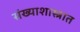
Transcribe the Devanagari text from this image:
संख्याशास्त्रात